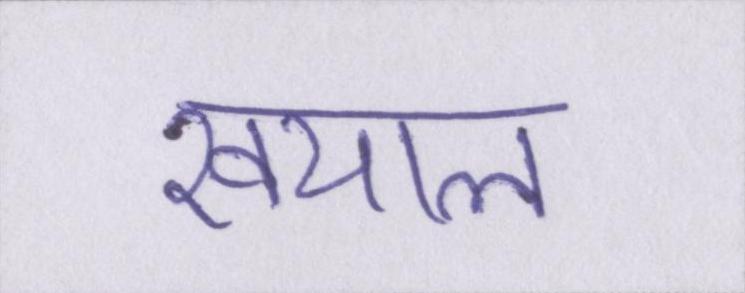
खयाल